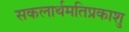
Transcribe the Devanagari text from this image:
सकलार्थमतिप्रकाशु